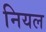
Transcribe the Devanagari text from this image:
नियल